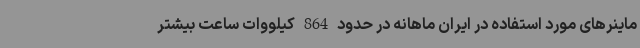
ماینرهای مورد استفاده در ایران ماهانه در حدود 864 کیلووات ساعت بیشتر